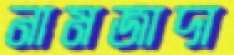
নামজাদা